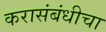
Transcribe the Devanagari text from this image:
करासंबंधीचा